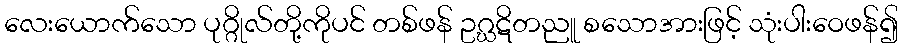
လေးယောက်သော ပုဂ္ဂိုလ်တို့ကိုပင် တစ်ဖန် ဥဂ္ဃဋိတညူ စသောအားဖြင့် သုံးပါးဝေဖန်၍